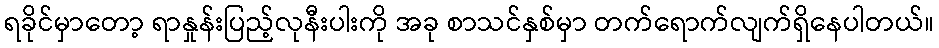
ရခိုင်မှာတော့ ရာနှုန်းပြည့်လုနီးပါးကို အခု စာသင်နှစ်မှာ တက်ရောက်လျက်ရှိနေပါတယ်။